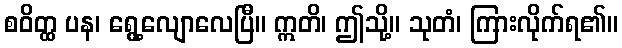
စဝိတ္ထ ပန၊ ရွေ့လျောလေပြီ။ ဣတိ၊ ဤသို့။ သုတံ၊ ကြားလိုက်ရ၏။